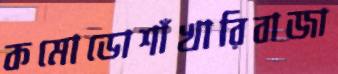
কমোডোশাঁখারিবাজা